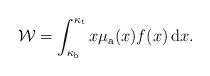
LaTeX: \begin{align*}\mathcal{W}=\int_{\kappa_{\rm b}}^{\kappa_{\rm t}} x\mu_{\rm a}(x) f(x) \,\mathrm{d} x.\end{align*}